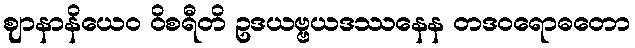
ဈာနာနိယေဝ ဝိစရီတိ ဥဒယဗ္ဗယဒဿနေန တဒဝရောဓတော